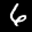
Label: 6